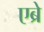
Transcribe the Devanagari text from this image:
एब्रे